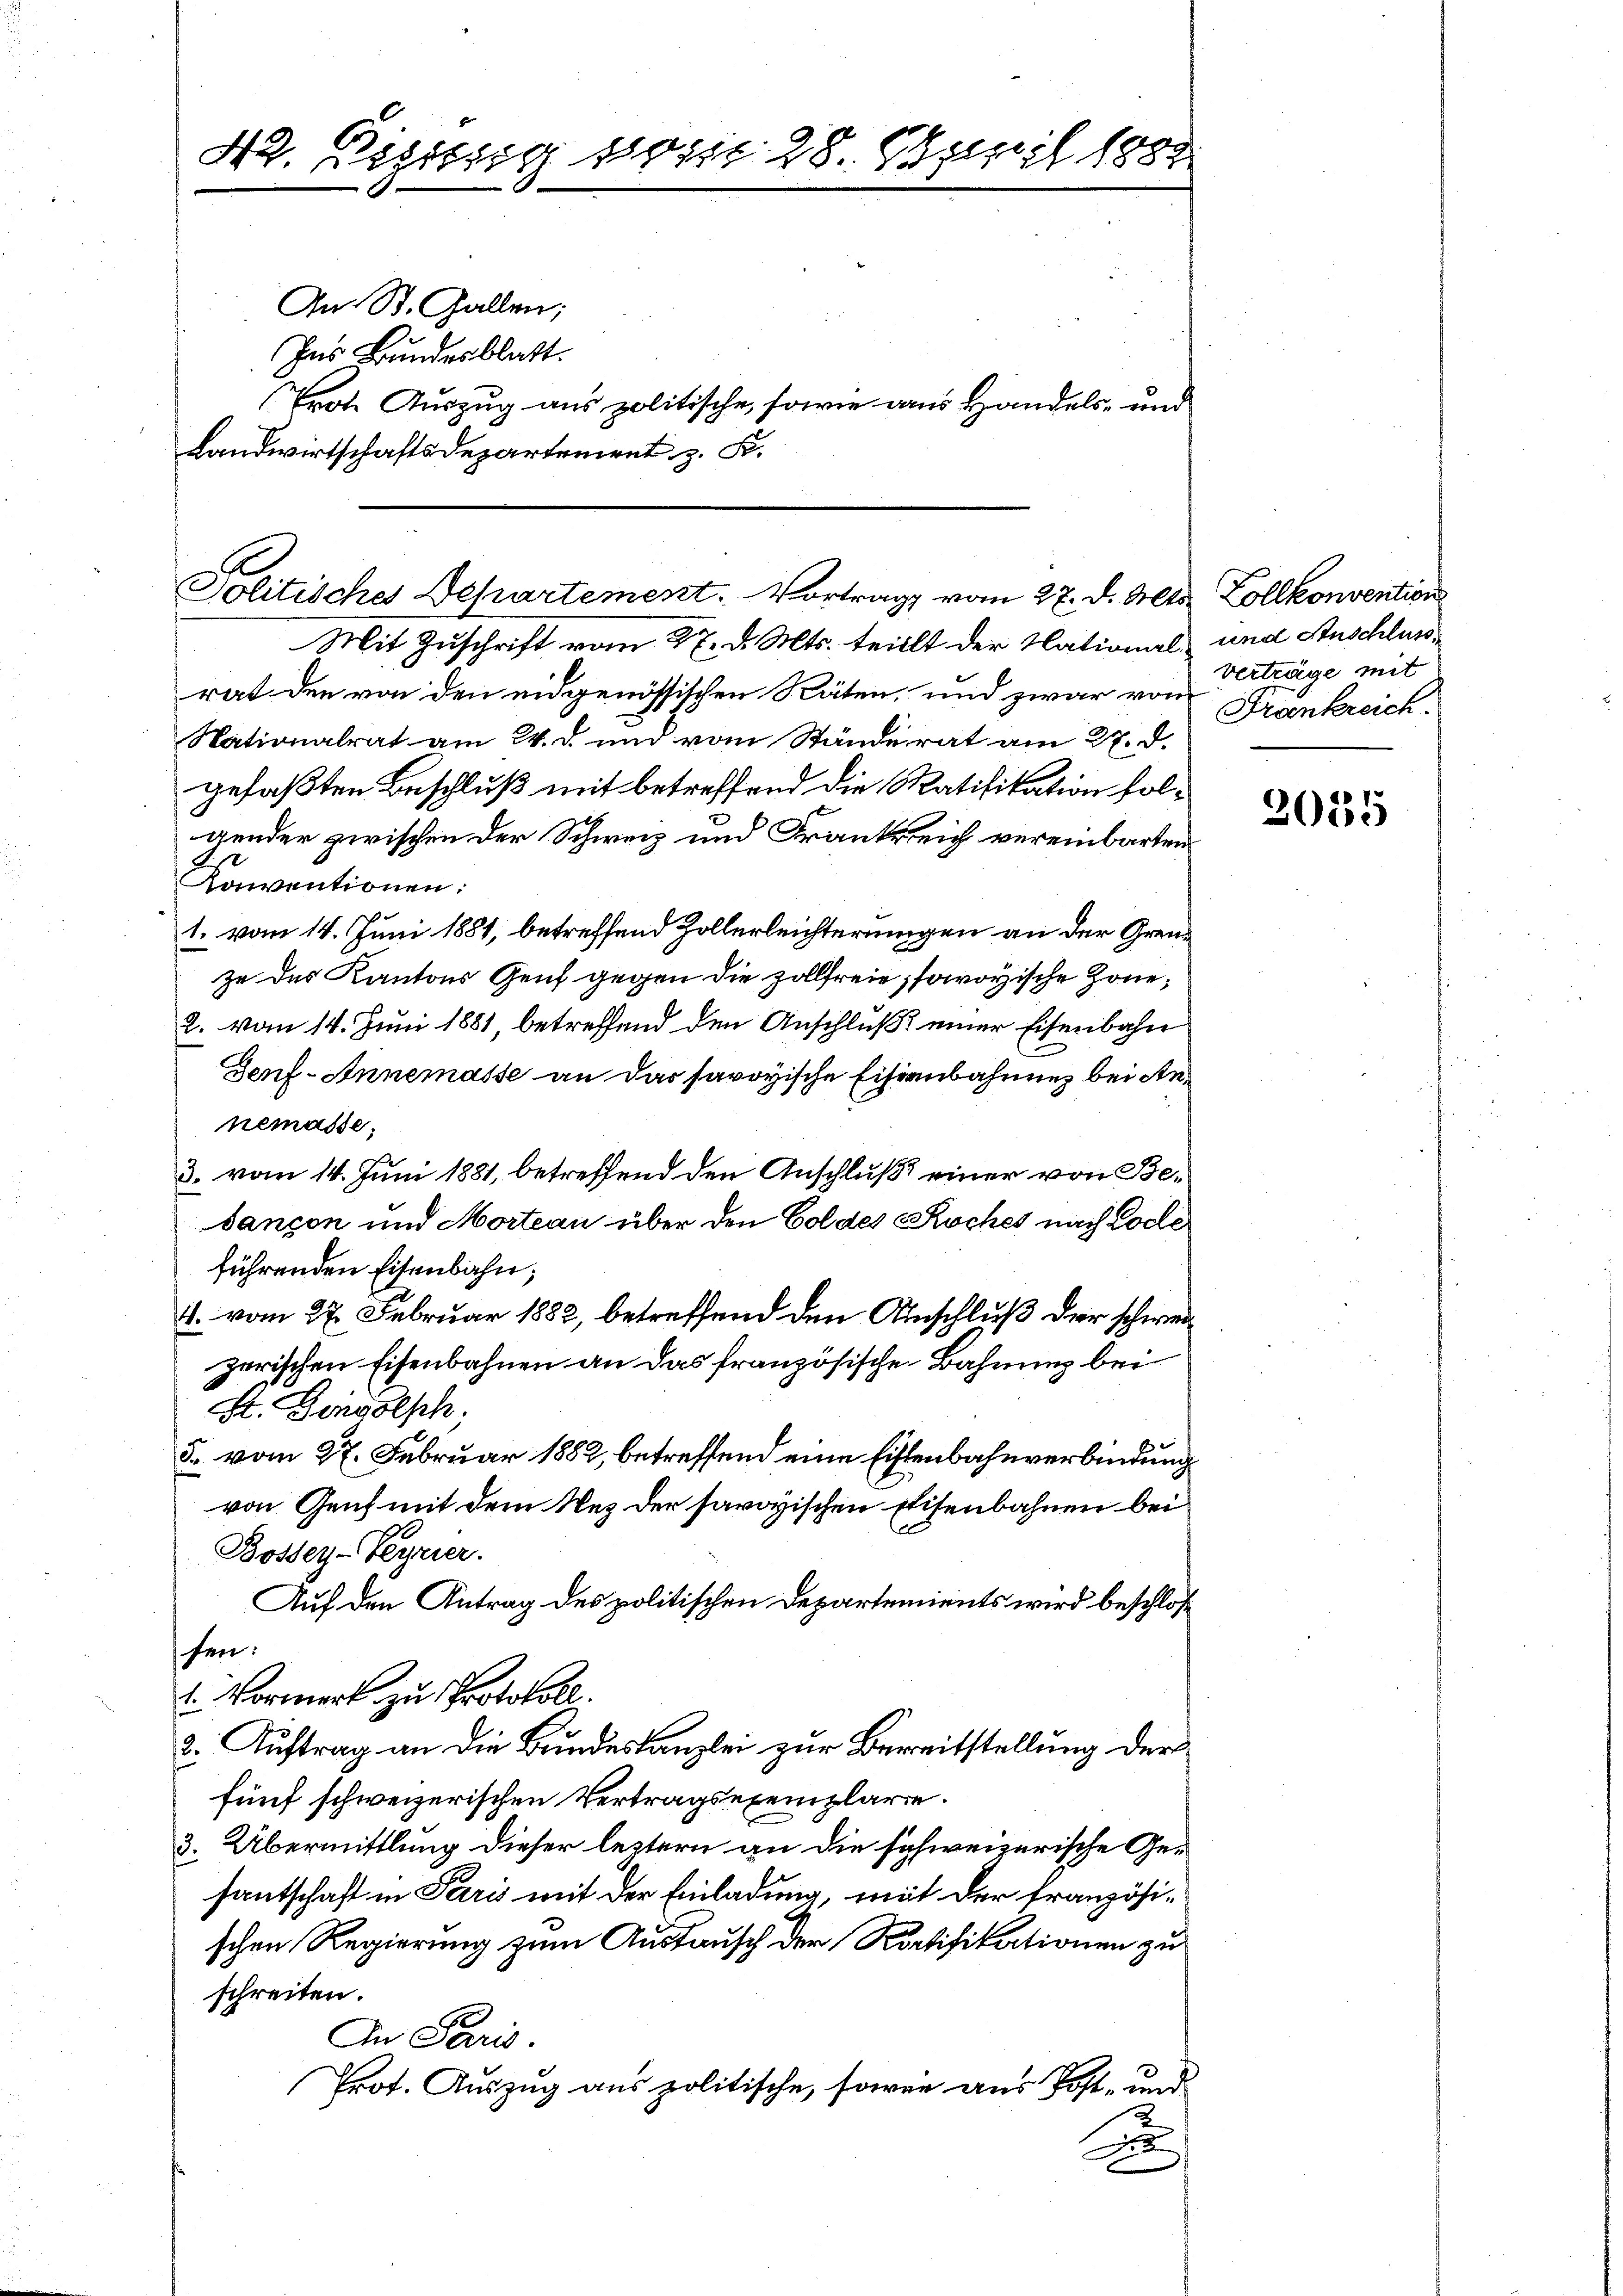
42. Eigisig vom 28. April 1884

An St. Gallen;
Ins Bundesblatt.
Erote Auszug aus politische, sowie aus Handels- und
Landwirtschaftsdepartement z. B.

Politisches Departement. Vortrag vom 27. d. Alts.
Mit Zuschrift vom 27. d. Mts. teilt der National¬

rat den von den eidgenössischen Räten, und zwar vom Freinkreich¬
Nationalrat am 24. d. und vom Ständerat am 27. d.
gefaßten Beschluß mit betreffend die Ratifikation folgender zwischen der Schweiz und Frankreich vereinbarten
Konventionen:
1. vom 14. Juni 1881, betreffend Zollerleichterungen an der Grenze des Kantons Genf gegen die Zollfreie, sowoyische Zöne,
2. vom 14. Juni 1881, betreffend den Anschluß einer Eisenbahn
Denf- Annemasse an das savoyische Eisenbahnung bei Annemasse;
3. vom 14. Juni 1881, betreffend den Anschluß einer von Besançon und Morteau über den Goldes Koches nach Cocle
führenden Eisenbahn;
4. vom 27. Februar 1882, betreffend den Anschluß der schweizerischen Eisenbahnen an das französische Bahnung bei
St. Gingolsch;
5. vom 27. Februar 1882, betreffend eine Eisenbahnverbindung
von Genf mit dem Nez der savoyischen Eisenbahnen bei
Bossey-Gegner.
Auf den Antrag des politischen Departements wird beschlos
hen:
1. Vormerk zu Protokoll.
2. Auftrag an die Bundeskanzlei zur Bereitstellung der
fünf schweizerischen Vertragsexemplare.
3. Übermittlung dieser leztern an die schweizerische Gesantschaft in Paris mit der Einladung, mit der französischen Regierung zum Ausdausch der Ratifikationen zu
schreiten.
An Paris.
Prot. Auszug aus politische, sowie aus Post- und
E

Zollkonvention
und Anschluss
verträge mit

1
2055